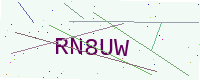
Text: RN8UW